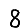
Digit: 8